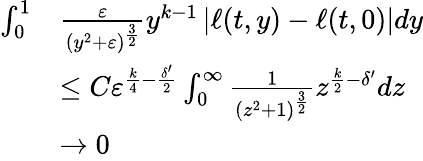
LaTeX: \begin{array}{rl}{\int_{0}^{1}}&{\frac{\varepsilon}{(y^{2}+\varepsilon)^{\frac{3}{2}}}y^{k-1}\left|\ell(t,y)-\ell(t,0)\right|dy}\\ &{\le C\varepsilon^{\frac{k}{4}-\frac{\delta^{\prime}}{2}}\int_{0}^{\infty}\frac{1}{\left(z^{2}+1\right)^{\frac{3}{2}}}z^{\frac{k}{2}-\delta^{\prime}}dz}\\ &{\to 0}\end{array}